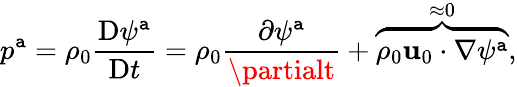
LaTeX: p^{\mathtt{a}}=\rho_{0}\frac{{\mathrm{{D}}\psi^{\mathtt{a}}}}{{\mathrm{{D}}t}}=\rho_{0}\frac{{\partial\psi^{\mathtt{a}}}}{{\partialt}}+\overbrace{{\rho_{0}\mathbf{{u}}_{0}\cdot\nabla\psi^{\mathtt{a}}}}^{\approx0},